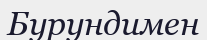
Бурундимен